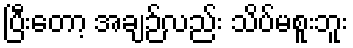
ပြီးတော့ အချဉ်လည်း သိပ်မစူးဘူး